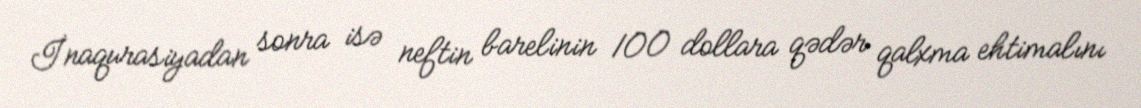
İnaqurasiyadan sonra isə neftin barelinin 100 dollara qədər qalxma ehtimalını